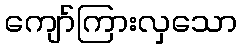
ကျော်ကြားလှသော